Vital statistics of India. Vol. VI, European troops 1870-79
Year: 1870
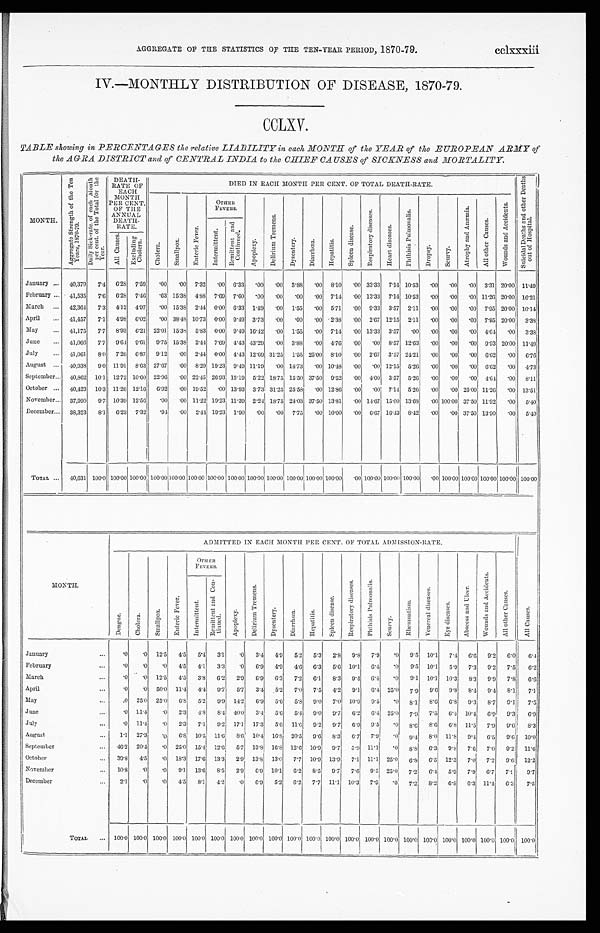
AGGREGATE OF THE STATISTICS OF THE TEN–YEAR PERIOD, 1870-79. cclxxxiii
IV.—MONTHLY DISTRIBUTION OF DISEASE, 1870-79.
CCLXV.
TABLE showing in PERCENTAGES the relative LIABILITY in each MONTH of the YEAR of the EUROPEAN ARMY of
the AGRA DISTRICT and of CENTRAL INDIA to the CHIEF CAUSES of SICKNESS and MORTALITY.
MONTH.
A g g r e g a t e S t r e n g t h o f t h e T e n y e a r s , 1 8 7 0 - 7 9 .
D a i l y S i c k - r a t e . o f e a c h M o n t h p e r c e n t . o f t h e T o t a l f o r t h e Y e a r .
DEATH-
RATE OF
EACH
MONTH
PER CENT.
OF THE
ANNUAL DEATH- RATE.
DIED IN EACH MONTH PER CENT. OF TOTAL DEATH-RATE.
S u i c i d a l D e a t h s a n d o t h e r D e a t h s o u t o f H o s p i t a l .
C h o l e r a .
Sma l l p o x .
E n t e r i c F e v e r .
OTHER F E V E R S .
A p o p l e x y .
D e l i r i u m T r e m e n s .
D y s e n t e r y .
D i a r r h œ a .
H e p a t i t i s .
S p l e e n d i s e a s e .
R e s p i r a t o r y d i s e a s e s .
H e a r t d i s e a s e s .
P h t h i s i s P u l m o n a l i s .
D r o p s y . S c u r v y .
A t r o p h y a n d A n æ m i a .
A l l o t h e r C a u s e s .
W o u n d s a n d A c c i d e n t s .
I n t e r m i t t e n t .
R e m i t t e n t a n d C o n t i n u e d .
A l l C a u s e s .
E x c l u d i n g C h o l e r a .
January ... 40,379 7.4 6.28 7.59 .00 .00 7.32 .00 6.33 .00 .00 3.88 .00 8.10 .00 33.33 7.14 10.53 .00 .00 .00 3.31 20.00 11.49
February ... 41,535 7.6 6.28 7.46 .63 15.38 4.88 7.69 7.60 .00 .00 .00 .00 7.14 .00 13.33 7.14 10.53 .00
. 0 0 .00 11.26 20.00 16.21
March ... 42,364 7.3 4.12 4.97
. 0 0 15.38 2.44 0.00 6.33 1.49 .00 1.55 .00 5.71 .00 9.33 3.57 2.11 .00
. 0 0 .00 7.95 20.00 10.14
April
. . . 41,457 7.1 4.98 6.02 .00 38.48 10.73 0.00
9 . 4 9 3.73 .00 .00 .00 2.38 .00 2.67 12.15 2.11 .00 .00 .00 7.95 20.00 3.38
May
. . . 41,175 7.7 8.93 6.21 22.01 15.38 5.83 0.00 9.49 16.42 .00 1.55 .00 7.14 .00 13.33 3.57 .00 .00 .00 .00 4.64 .00 3.38
June
. . . 41,066 7.7 9.64 9.61 9.75 15.38 2.44 7.69 4.43 43.29 .00 3.88 .00 4.76 .00 .00 8.57 12.63 .00 .00 .00 9.93 20.00 11.49
July ... 41,061 8.0 7.26 6.87 9.12 .00 2.44 0.00 4.43 12.69 31.25 1.55 25.00 8.10 .00 2.67 3.57 24.21 .00 .00 .00 6.62 .00 6.76
August ... 40,938 9.0 11.91 8.63 27.67 .00 8.29 19.23 9.49 11.19 .00 14.73 .00 10.48 . 00 .00 12.15 5.26
. 0 0 .00 .00 6.62 .00 4.73
September... 40,862 10.1 12.72 10.60 22.96 .00 22.45 26.93 15.19 5.22 18.75 15.50 37.50 9.52 .00 4.00 3.57 5.26 .00 .00 .00 4.64 .00 8.11
October ... 40,423 10.3 11.26 12.16 6.92 .00 19.52
. 0 0 13.93 3.73 31.25 25.58 .00 12.86 .00 .00. 7.14 5.26 .00 .00 25.00 11.26 .00 13.51
November ... 37,990 9.7 10.39 12.56 .00 .00 11.22 19.23 11.39 2.24 18.75 24.03 37.50 13.81 .00 14.67 15.00 13.68 .00 100.00 37.50 11.92
. 0 0 5.40
December ... 38,323 8.1 6.23 7.32 .94 .00 2.44 19.23 1.90 .00 .00 7.75 .00 10.00 .00 6.67 16.43 8.42 .00 .00 37.50 13.90
. 0 0 5.40
TOTAL ... 40,631 100.0 100.00 100.00 100.00100.00100.00 100.00 100.00 100.00 100.00 100.00. 100.00 100.00.00 100.00
100.00
100.00 .00 100.00 100.00 100.00 100.00 100.00
MONTH.
ADMITTED IN EACH MONTH PER CENT. OF TOTAL ADMISSION-RATE.
A l l C a u s e s .
D e n g u e . C h o l e r a . S m a l l p o x .
E n t e r i c F e v e r .
OTHER F E V E R S .
A p o p l e x y .
D e l i r i u m T r e m e n s .
D y s e n t e r y . D i a r r h œ a .
H e p a t i t i s . S p l e e n d i s e a s e .
R e s p i r a t o r y d i s e a s e s .
P h t h i s i s P u l m o n a l i s .
S c u r v y .
R h e u m a t i s m .
V e n e r e a l d i s e a s e s .
E y e d i s e a s e s .
A b s c e s s a n d U l c e r .
W o u n d s a n d A c c i d e n t s . A l l o t h e r C a u s e s .
I n t e r m i t t e n t .
R e m i t t e n t a n d C o n - t i n u e d .
January
. . . .0 .0 12.5 4.5 5.4 3.1 .0 3.4 4.9 5.2 5.3 2.8 9.8 7.9 .0 9.5 10.1 7.4 6.6 9.2 6.0 6.4
February
... .0 .0 .0 4.5 4.1 3.3 .0 6.9 4.9 4.6 6.3 5.6 10.1 6.4 .0 9.5 10.1 5.9 7.3 9.2 7.5 6.2
March
... .0 .0 12.5 4.5 3.8 6.2 2.9 6.9 6.3 7.2 6.1 8.3
9 . 4 6.4 .0 9.1 10.1 10.3
8 . 3 9.9 7.8 6.6
April
. . . .0
. 0 50.0 11.4 4.4 9.7 5.7 3.4 5.2 7.0 7.5 4.2 9.1 6.4 25.0 7.9 9.6 9.8 8.4 9.4 8.1 7.1
May
...
.0 25.0 25.0 6.8 5.2 9.9 14.2 6.9 5.6 5.8 9.0 7.0 10.9 9.5 .0
8 . 1 8.6 6.8 9.3 8.7 9.1 7.5
June
. . . .0 11.4 .0 2.3 4.8 8.4 40.0 3.4 5.6 5.4 9.0 9.7 6.2 6.4 25.0 7.9 7.5 6.4 10.4 6.9 9.3 6.9
July
... .0 11.4 .0 2.3 7.1 9.2 17.1 17.3 5.6 11.6 9.2 9.7 6.9 9.5 .0 8.6 8.6
6 . 8 11.5 7.9 9.6 8.3
August
... 1.1 27.3 .0 6.8 10.5 11.6 8.6 10.4 16.8. 20.5 9.6 8.3 6.7 7.9
. 0 9.4 8.0 11.8 9.4 6.5 9.6 10.0
September
. . . 46.2 20.4 .0 25.0 15.4 12.6 5.7 13.8 16.8 12.6 10.9 9.7 5.9 11.1 .0 8.8 6.3 9.8 7.6 7.0 9.2 11.6
October
... 39.8 4.5 .0 18.3 17.6 13.3 2.9 13.8 13.0 7.7 10.9 13.9 7.1 11.1 25.0 6.8 6.5 12.3 7.0 7.2
9 . 6 12.2
November
... 10.8 .0 .0 9.1 13.6 8.5 2.9 6.9 10.1 6.2 8.5 9.7 7.6 9.5 25.0 7.2 6.4 5.9 7.9 6.7 7.9 9.7
December
... 2.1 .0 .0 4.5 8.1 4.2 .0 6.9 5.2 6.2 7.7 11.1 10.3 7.9 .0 7.2 8.2 6.8 6.3 11.4 6.3 7.5
TOTAL ... 100.0 100.0 100.0 100.0 100.0 100.0 100.0 100.0 100.0 100.0 100.0 100.0 100.0 100.0 100.0 100.0 100.0 100.0 100.0 100.0 100.0 100.0